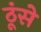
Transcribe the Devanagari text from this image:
ठूंसे